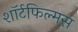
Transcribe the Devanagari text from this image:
शॉर्टफिल्मस